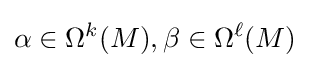
\alpha \in \Omega ^{k}(M),\beta \in \Omega ^{\ell }(M)